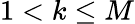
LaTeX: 1<k\le M